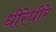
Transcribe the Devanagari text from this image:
धीरेधीरे